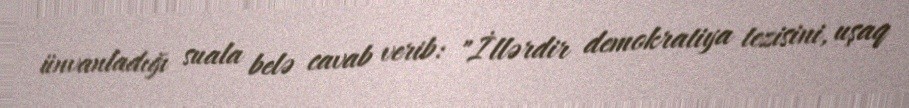
ünvanladığı suala belə cavab verib: "İllərdir demokratiya tezisini, uşaq